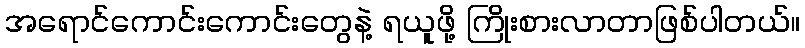
အရောင်ကောင်းကောင်းတွေနဲ့ ရယူဖို့ ကြိုးစားလာတာဖြစ်ပါတယ်။